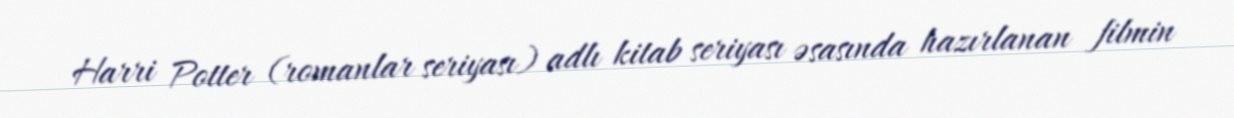
Harri Potter (romanlar seriyası) adlı kitab seriyası əsasında hazırlanan filmin